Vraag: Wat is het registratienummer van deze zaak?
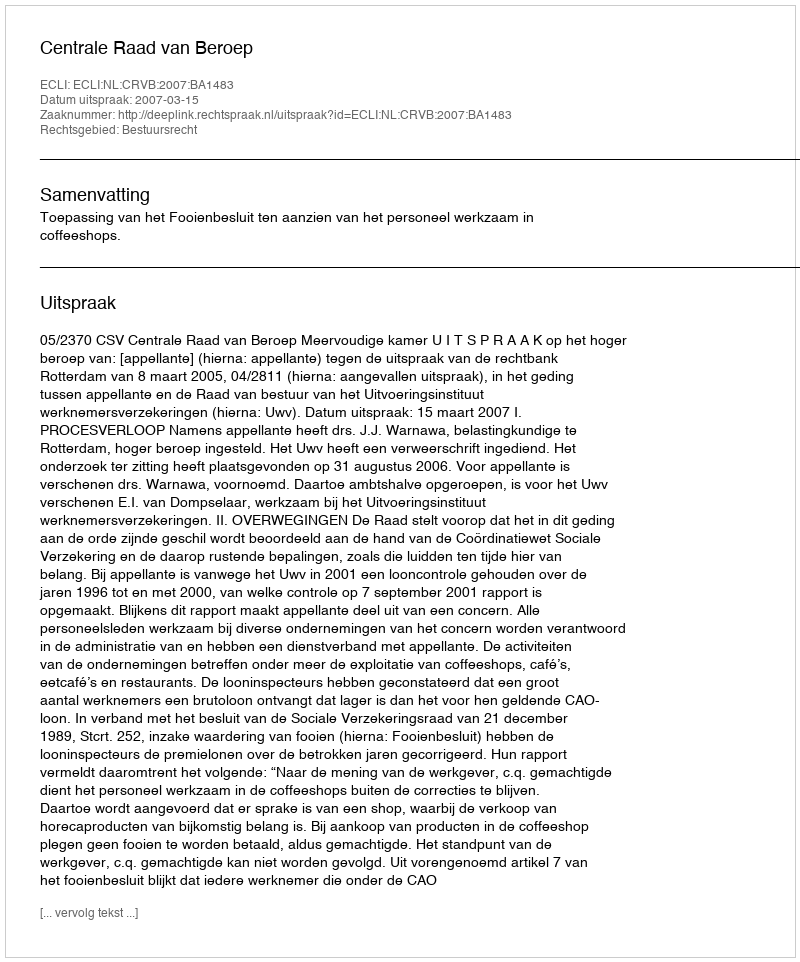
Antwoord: http://deeplink.rechtspraak.nl/uitspraak?id=ECLI:NL:CRVB:2007:BA1483